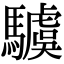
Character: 𩦢